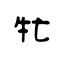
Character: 牤